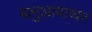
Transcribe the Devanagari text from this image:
बलुआपत्थर